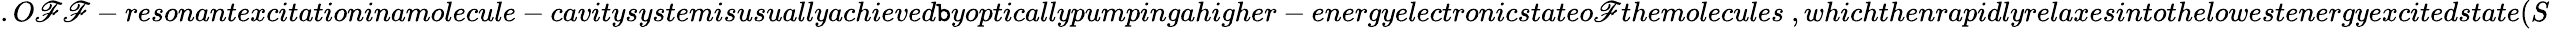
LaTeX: .O\mathscr{F}\mathscr{F}-resonantexcitationinamolecule-cavitysystemisusuallyachieved\mathtt{b}yopticallypumpingahigher-energyelectronicstateo\mathscr{F}themolecules~,whichthenrapidlyrelaxesintothelowestenergyexcitedstate(S